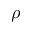
\rho